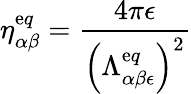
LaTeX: \eta_{\alpha\beta}^{\mathrm{e}q}=\frac{{4\pi\epsilon}}{{\left(\Lambda_{\alpha\beta\epsilon}^{\mathrm{e}q}\right)^{2}}}